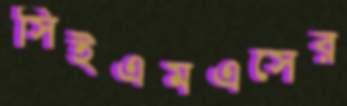
সিইএমএসের